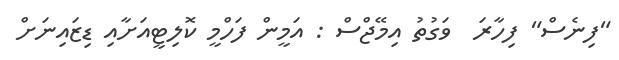
"ފިނެސް" ފިހާރަ  ވަގުތު އިމޭޖްސް : އަމީން ފަހްމީ ކޮލިޓީއަށާއި ޑިޒައިނަށް